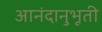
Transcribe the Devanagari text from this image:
आनंदानुभूती